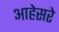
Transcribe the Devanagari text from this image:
आहेसरे